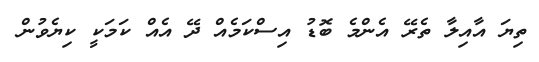
ތިޔަ އާއިލާ ތެރޭ އެންމެ ބޮޑު އިސްކަމެއް ދޭ އެއް ކަމަކީ ކިޔެވުން